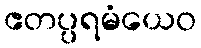
ဧတပ္ပရမံယေဝ